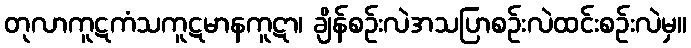
တုလာကူဋကံသကူဋမာနကူဋာ၊ ချိန်စဉ်းလဲအသပြာစဉ်းလဲထင်းစဉ်းလဲမှ။